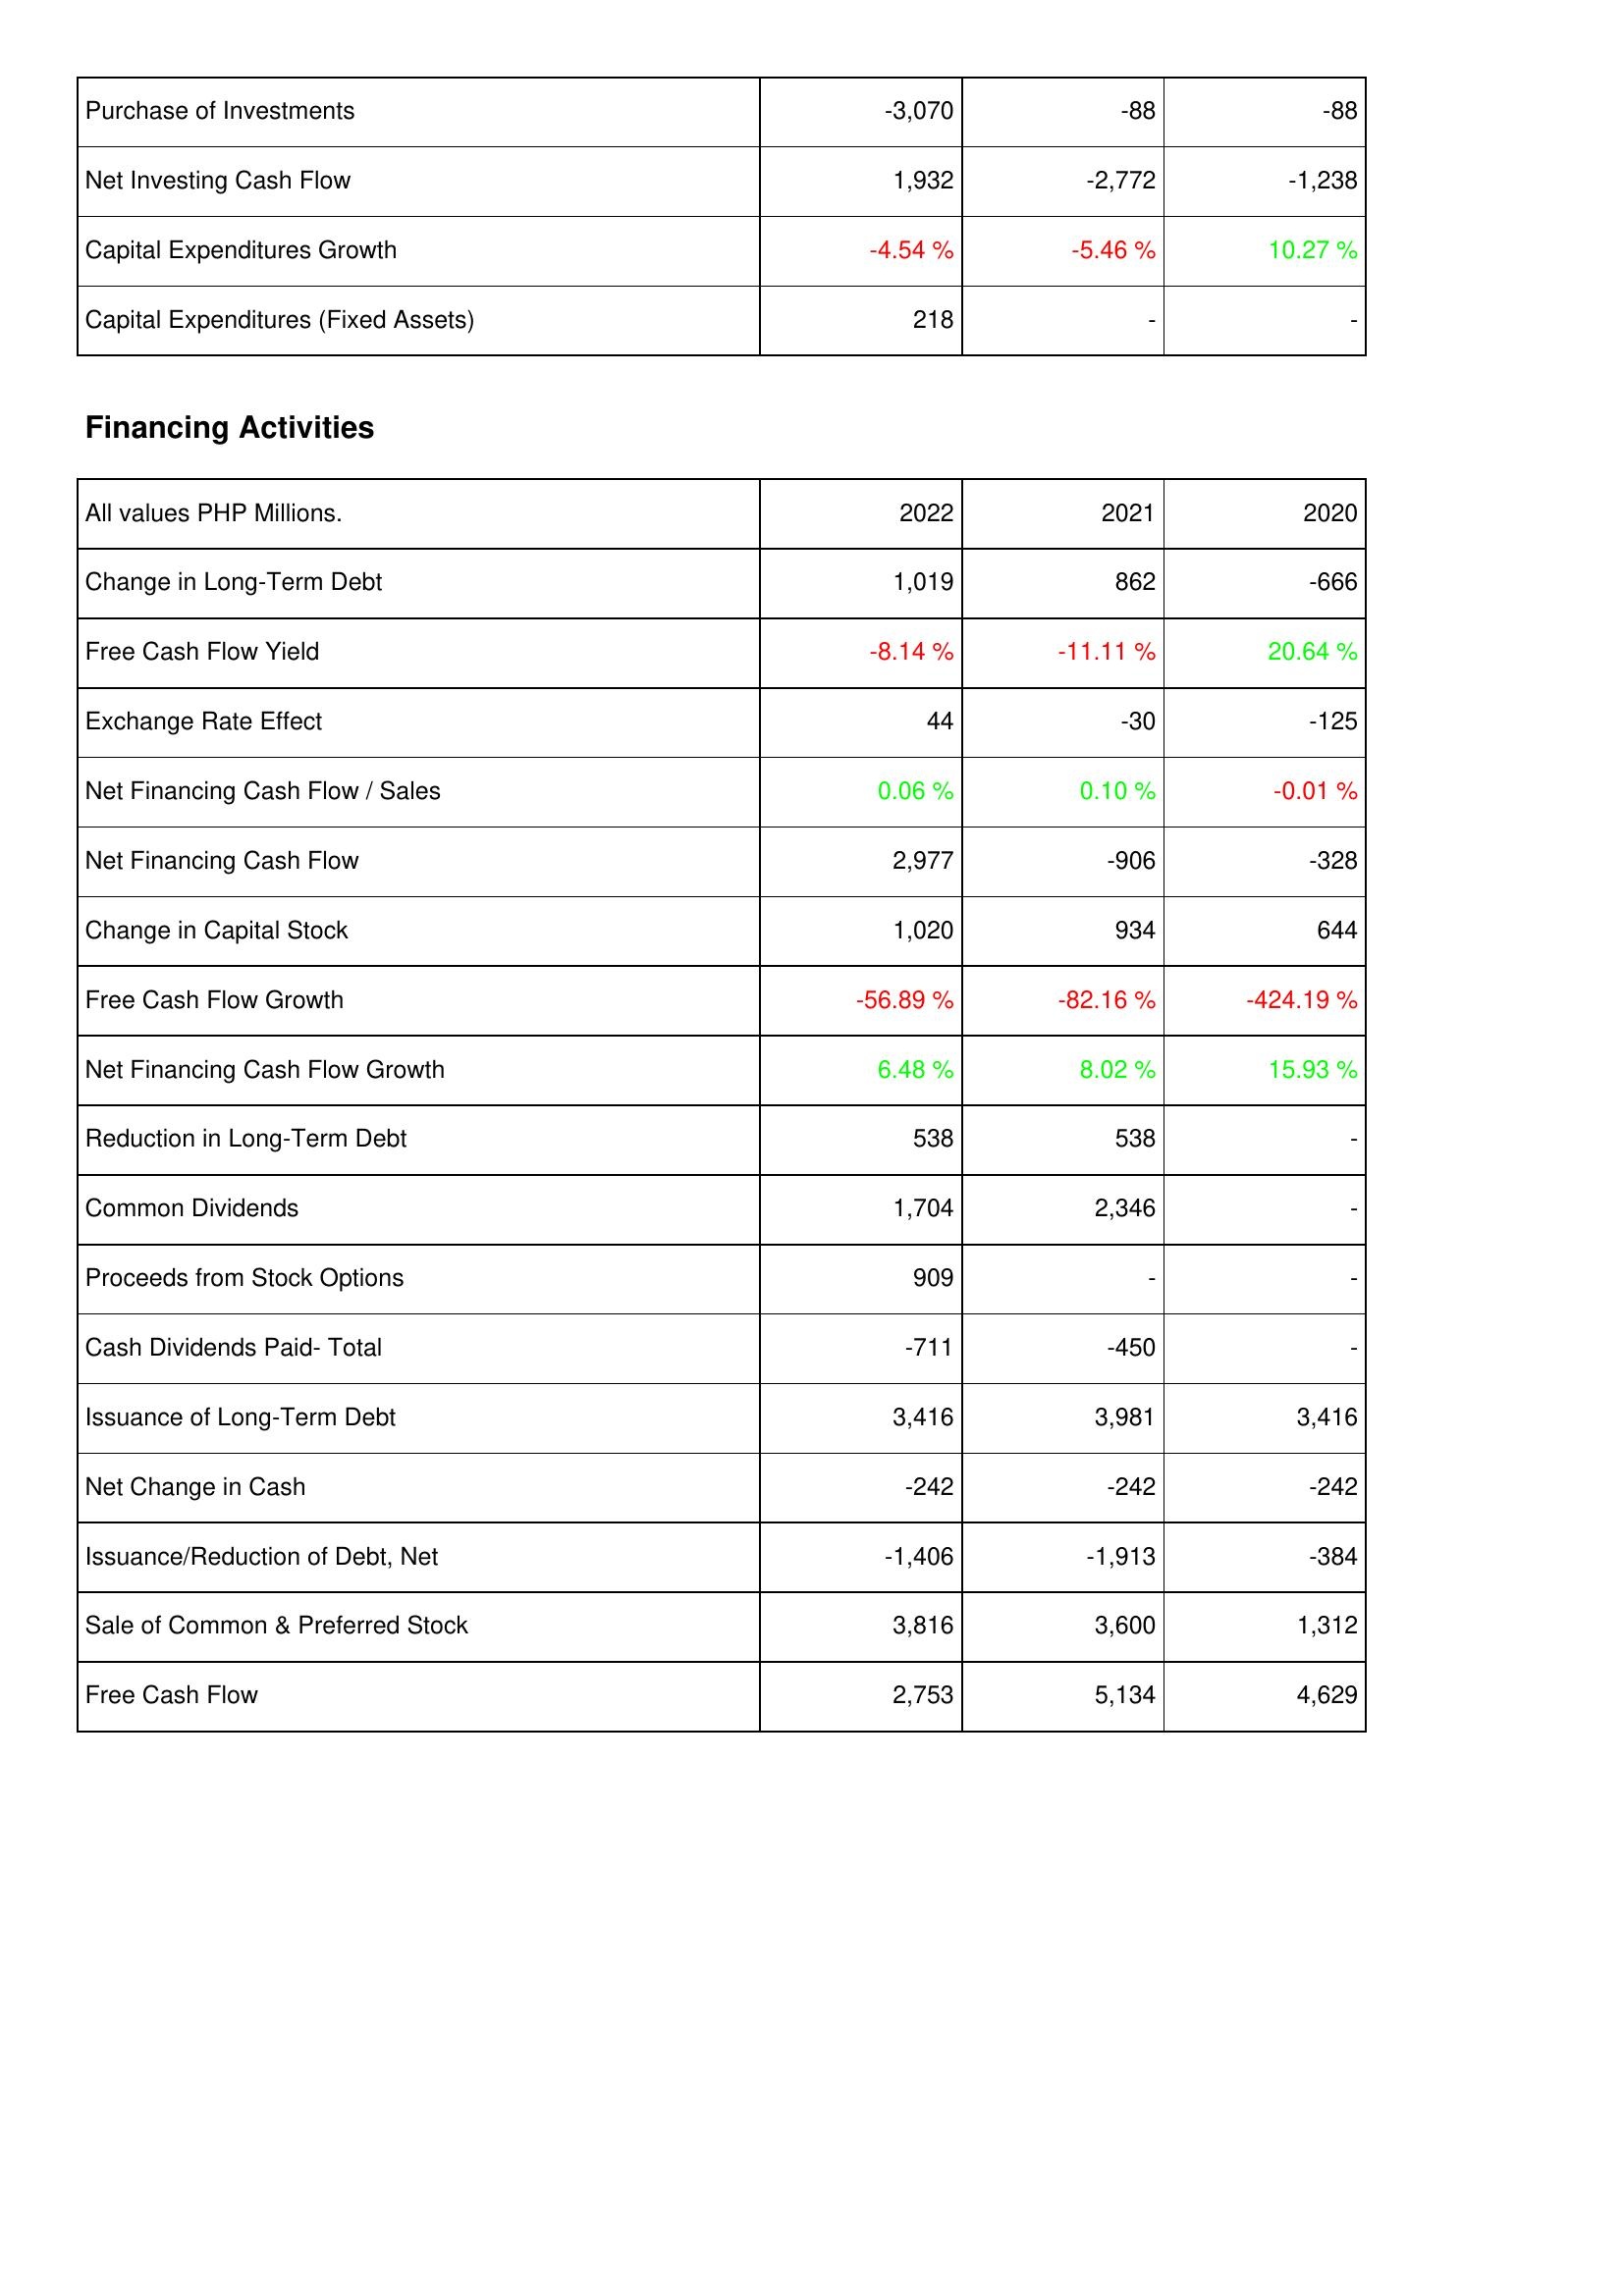
2022: Investing Activities: Purchase of Investments: -3,070
Net Investing Cash Flow: 1,932
Capital Expenditures Growth: -4.54 %
Capital Expenditures (Fixed Assets): 218
Financing Activities: Change in Long-Term Debt: 1,019
Free Cash Flow Yield: -8.14 %
Exchange Rate Effect: 44
Net Financing Cash Flow / Sales: 0.06 %
Net Financing Cash Flow: 2,977
Change in Capital Stock: 1,020
Free Cash Flow Growth: -56.89 %
Net Financing Cash Flow Growth: 6.48 %
Reduction in Long-Term Debt: 538
Common Dividends: 1,704
Proceeds from Stock Options: 909
Cash Dividends Paid- Total: -711
Issuance of Long-Term Debt: 3,416
Net Change in Cash: -242
Issuance/Reduction of Debt, Net: -1,406
Sale of Common & Preferred Stock: 3,816
Free Cash Flow: 2,753
2021: Investing Activities: Purchase of Investments: -88
Net Investing Cash Flow: -2,772
Capital Expenditures Growth: -5.46 %
Capital Expenditures (Fixed Assets): -
Financing Activities: Change in Long-Term Debt: 862
Free Cash Flow Yield: -11.11 %
Exchange Rate Effect: -30
Net Financing Cash Flow / Sales: 0.10 %
Net Financing Cash Flow: -906
Change in Capital Stock: 934
Free Cash Flow Growth: -82.16 %
Net Financing Cash Flow Growth: 8.02 %
Reduction in Long-Term Debt: 538
Common Dividends: 2,346
Proceeds from Stock Options: -
Cash Dividends Paid- Total: -450
Issuance of Long-Term Debt: 3,981
Net Change in Cash: -242
Issuance/Reduction of Debt, Net: -1,913
Sale of Common & Preferred Stock: 3,600
Free Cash Flow: 5,134
2020: Investing Activities: Purchase of Investments: -88
Net Investing Cash Flow: -1,238
Capital Expenditures Growth: 10.27 %
Capital Expenditures (Fixed Assets): -
Financing Activities: Change in Long-Term Debt: -666
Free Cash Flow Yield: 20.64 %
Exchange Rate Effect: -125
Net Financing Cash Flow / Sales: -0.01 %
Net Financing Cash Flow: -328
Change in Capital Stock: 644
Free Cash Flow Growth: -424.19 %
Net Financing Cash Flow Growth: 15.93 %
Reduction in Long-Term Debt: -
Common Dividends: -
Proceeds from Stock Options: -
Cash Dividends Paid- Total: -
Issuance of Long-Term Debt: 3,416
Net Change in Cash: -242
Issuance/Reduction of Debt, Net: -384
Sale of Common & Preferred Stock: 1,312
Free Cash Flow: 4,629